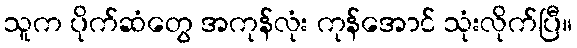
သူက ပိုက်ဆံတွေ အကုန်လုံး ကုန်အောင် သုံးလိုက်ပြီ။